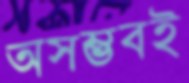
অসম্ভবই